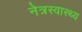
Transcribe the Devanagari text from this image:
नेत्रस्वास्थ्य